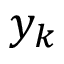
y _ { k }